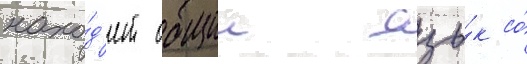
нахо́д'ит общии язы́к со́